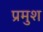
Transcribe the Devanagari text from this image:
प्रमुश